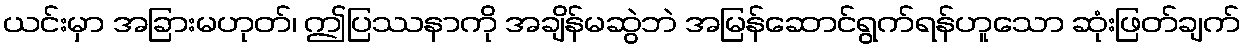
ယင်းမှာ အခြားမဟုတ်၊ ဤပြဿနာကို အချိန်မဆွဲဘဲ အမြန်ဆောင်ရွက်ရန်ဟူသော ဆုံးဖြတ်ချက်